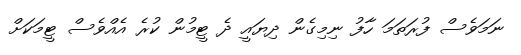
ނަމަވެސް ފުރަތަމަ ހާފު ނިމިގެން ދިޔައީ ދެ ޓީމުން ކުރެ އެއްވެސް ޓީމަކަށް